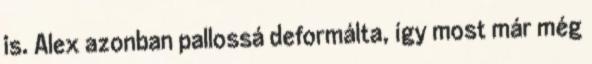
is. Alex azonban pallossá deformálta, így most már még